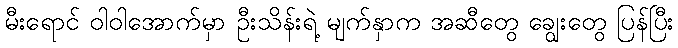
မီးရောင် ဝါဝါအောက်မှာ ဦးသိန်းရဲ့ မျက်နှာက အဆီတွေ ချွေးတွေ ပြန်ပြီး